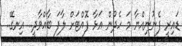
ޑައިރީ ފެނުނިއްޔާ މަ ހެދުން އަޅާ ފޮއްޓަށް ލާފަ ބާއްވާދީ.. އިނގޭ..